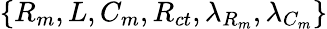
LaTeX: \left\{ R_{m},L,C_{m},R_{ct},\lambda_{R_{m}},\lambda_{C_{m}}\right\}